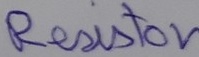
Text: Resistor